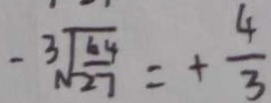
- \sqrt [ 3 ] { \frac { 6 4 } { 2 7 } } = + \frac { 4 } { 3 }